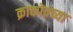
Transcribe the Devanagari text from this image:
क्राकोवच्या